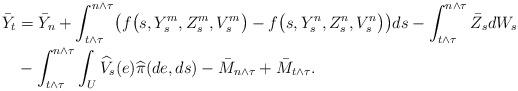
LaTeX: \begin{align*}\bar Y_t & = \bar Y_n+\int_{t\wedge\tau}^{n\wedge\tau} \bigl(f\bigl(s,Y^m_s,Z^m_s,V^m_s \bigr)-f\bigl(s,Y^n_s,Z^n_s,V^n_s \bigr) \bigr) ds - \int_{t\wedge\tau}^{n\wedge\tau} \bar Z_s dW_s \\ & - \int_{t\wedge\tau}^{n\wedge\tau} \int _U \widehat V_s(e) \widehat\pi(de,ds) - \bar M_{n\wedge\tau} + \bar M_{t\wedge \tau}.\end{align*}